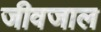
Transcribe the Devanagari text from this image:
जीवजाल